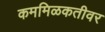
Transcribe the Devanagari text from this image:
कममिळकतीवर